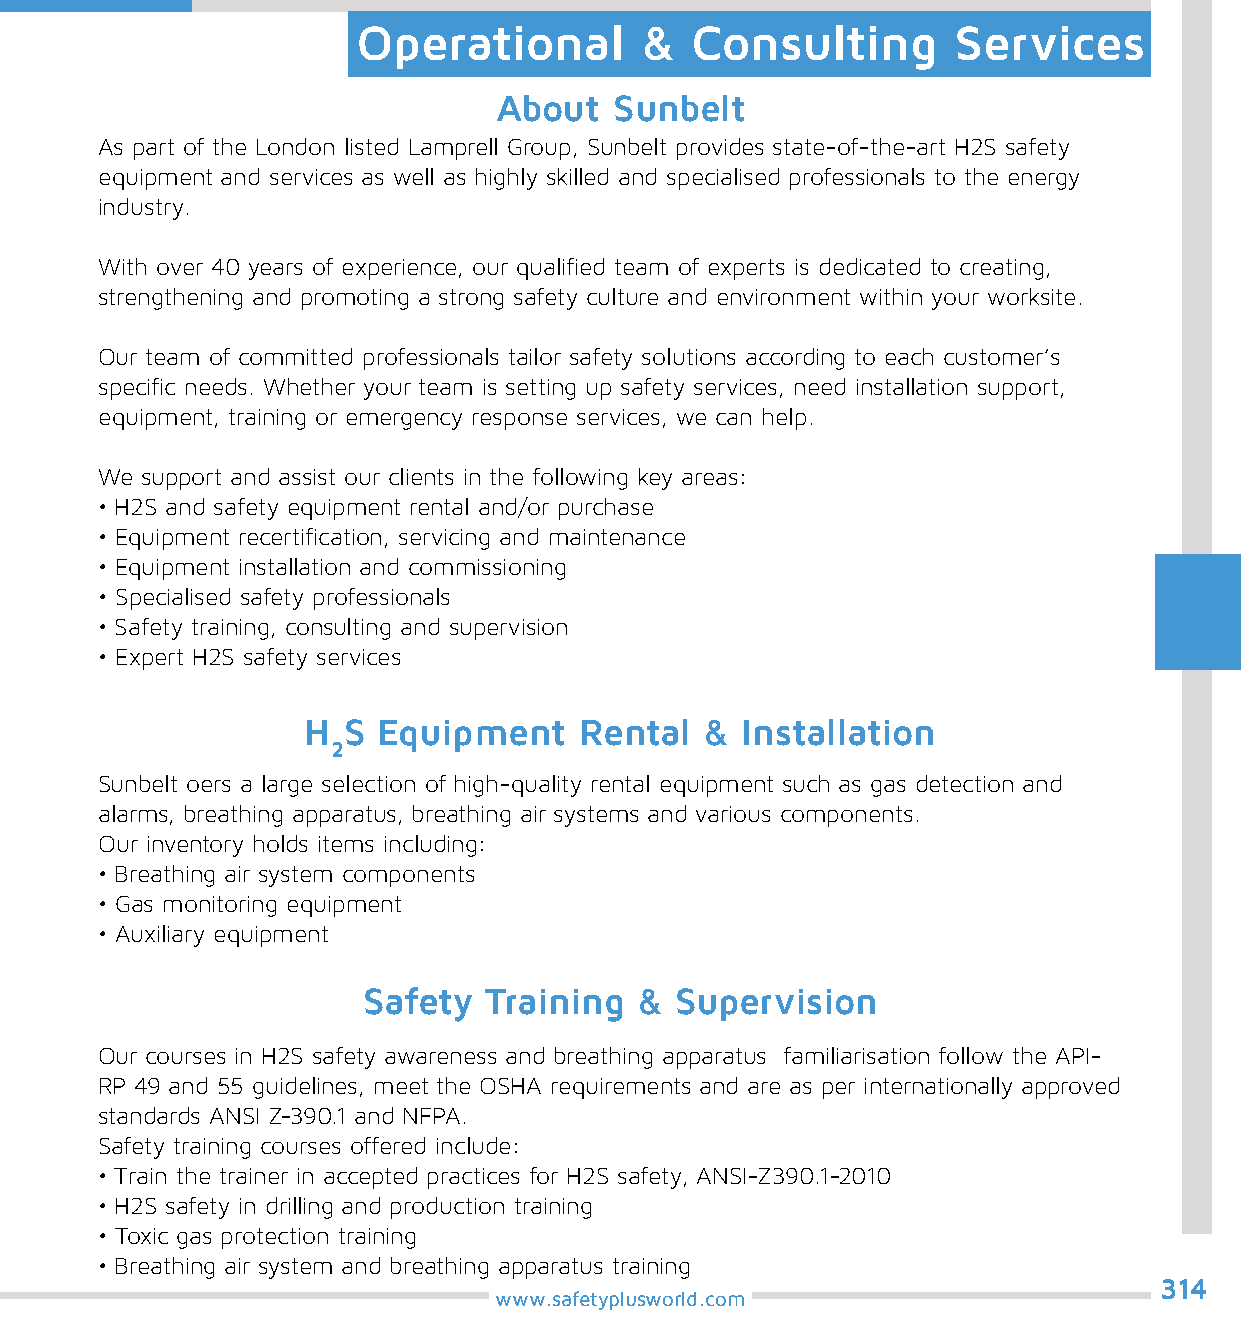
Operational       &   Consulting       Services
 About   Sunbelt
 As part of the London listed Lamprell Group, Sunbelt provides state-of-the-art H2S safety
 equipment and services as well as highly skilled and specialised professionals to the energy
 industry.
 With over 40 years of experience, our qualified team of experts is dedicated to creating,
 strengthening and promoting a strong safety culture and environment within your worksite.
 Our team of committed professionals tailor safety solutions according to each customer’s
 specific needs. Whether your team is setting up safety services, need installation support,
 equipment, training or emergency response services, we can help.
 We support and assist our clients in the following key areas:
 • H2S and safety equipment rental and/or purchase
 • Equipment recertification, servicing and maintenance
 • Equipment installation and commissioning
 • Specialised safety professionals
 • Safety training, consulting and supervision
 • Expert H2S safety services
 H  S Equipment    Rental   & Installation
 2
 Sunbelt oers a large selection of high-quality rental equipment such as gas detection and
 alarms, breathing apparatus, breathing air systems and various components.
 Our inventory holds items including:
 • Breathing air system components
 • Gas monitoring equipment
 • Auxiliary equipment
 Safety  Training  &  Supervision
 Our courses in H2S safety awareness and breathing apparatus familiarisation follow the API-
 RP 49 and 55 guidelines, meet the OSHA requirements and are as per internationally approved
 standards ANSI Z-390.1 and NFPA.
 Safety training courses offered include:
 • Train the trainer in accepted practices for H2S safety, ANSI-Z390.1-2010
 • H2S safety in drilling and production training
 • Toxic gas protection training
 • Breathing air system and breathing apparatus training
 314
 www.safetyplusworld.com